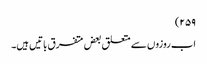
۲۵۹)
اب روزوں سے متعلق بعض متفرق باتیں ہیں۔